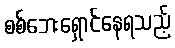
စစ်ဘေးရှောင်နေရသည့်